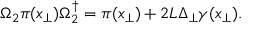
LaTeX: \Omega _ { 2 } \pi ( x _ { \perp } ) \Omega _ { 2 } ^ { \dagger } = \pi ( x _ { \perp } ) + { 2 L } \Delta _ { \perp } \gamma ( x _ { \perp } ) .